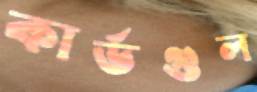
কার্ডগুল